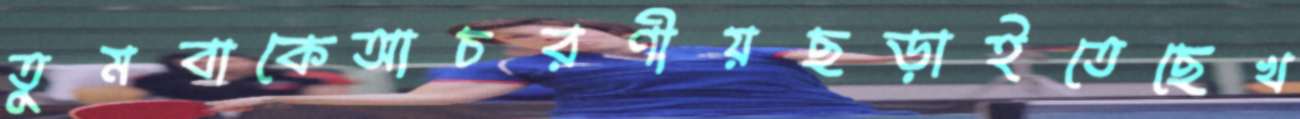
তুমবাকেআচরণীয়ছড়াইতেছেখ